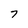
Character: 7